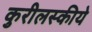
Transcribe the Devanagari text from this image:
कुरीलस्कीये